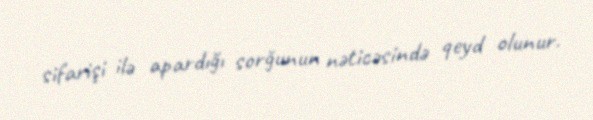
sifarişi ilə apardığı sorğunun nəticəsində qeyd olunur.